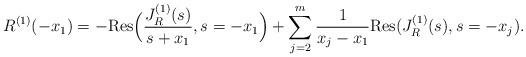
LaTeX: \begin{align*}R^{(1)}(-x_{1}) = -\mbox{Res}\Big(\frac{J_{R}^{(1)}(s)}{s+x_{1}},s = -x_{1}\Big)+ \sum_{j=2}^{m} \frac{1}{x_{j}-x_{1}}\mbox{Res}(J_{R}^{(1)}(s),s = -x_{j}).\end{align*}